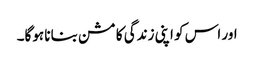
اور اس کو اپنی زندگی کا مشن بنانا ہوگا۔